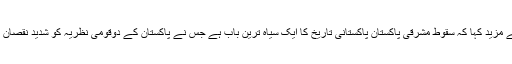
انہوں نے مزید کہا کہ سقوط مشرقی پاکستان پاکستانی تاریخ کا ایک سیاہ ترین باب ہے جس نے پاکستان کے دوقومی نظریہ کو شدید نقصان پہنچایا ۔